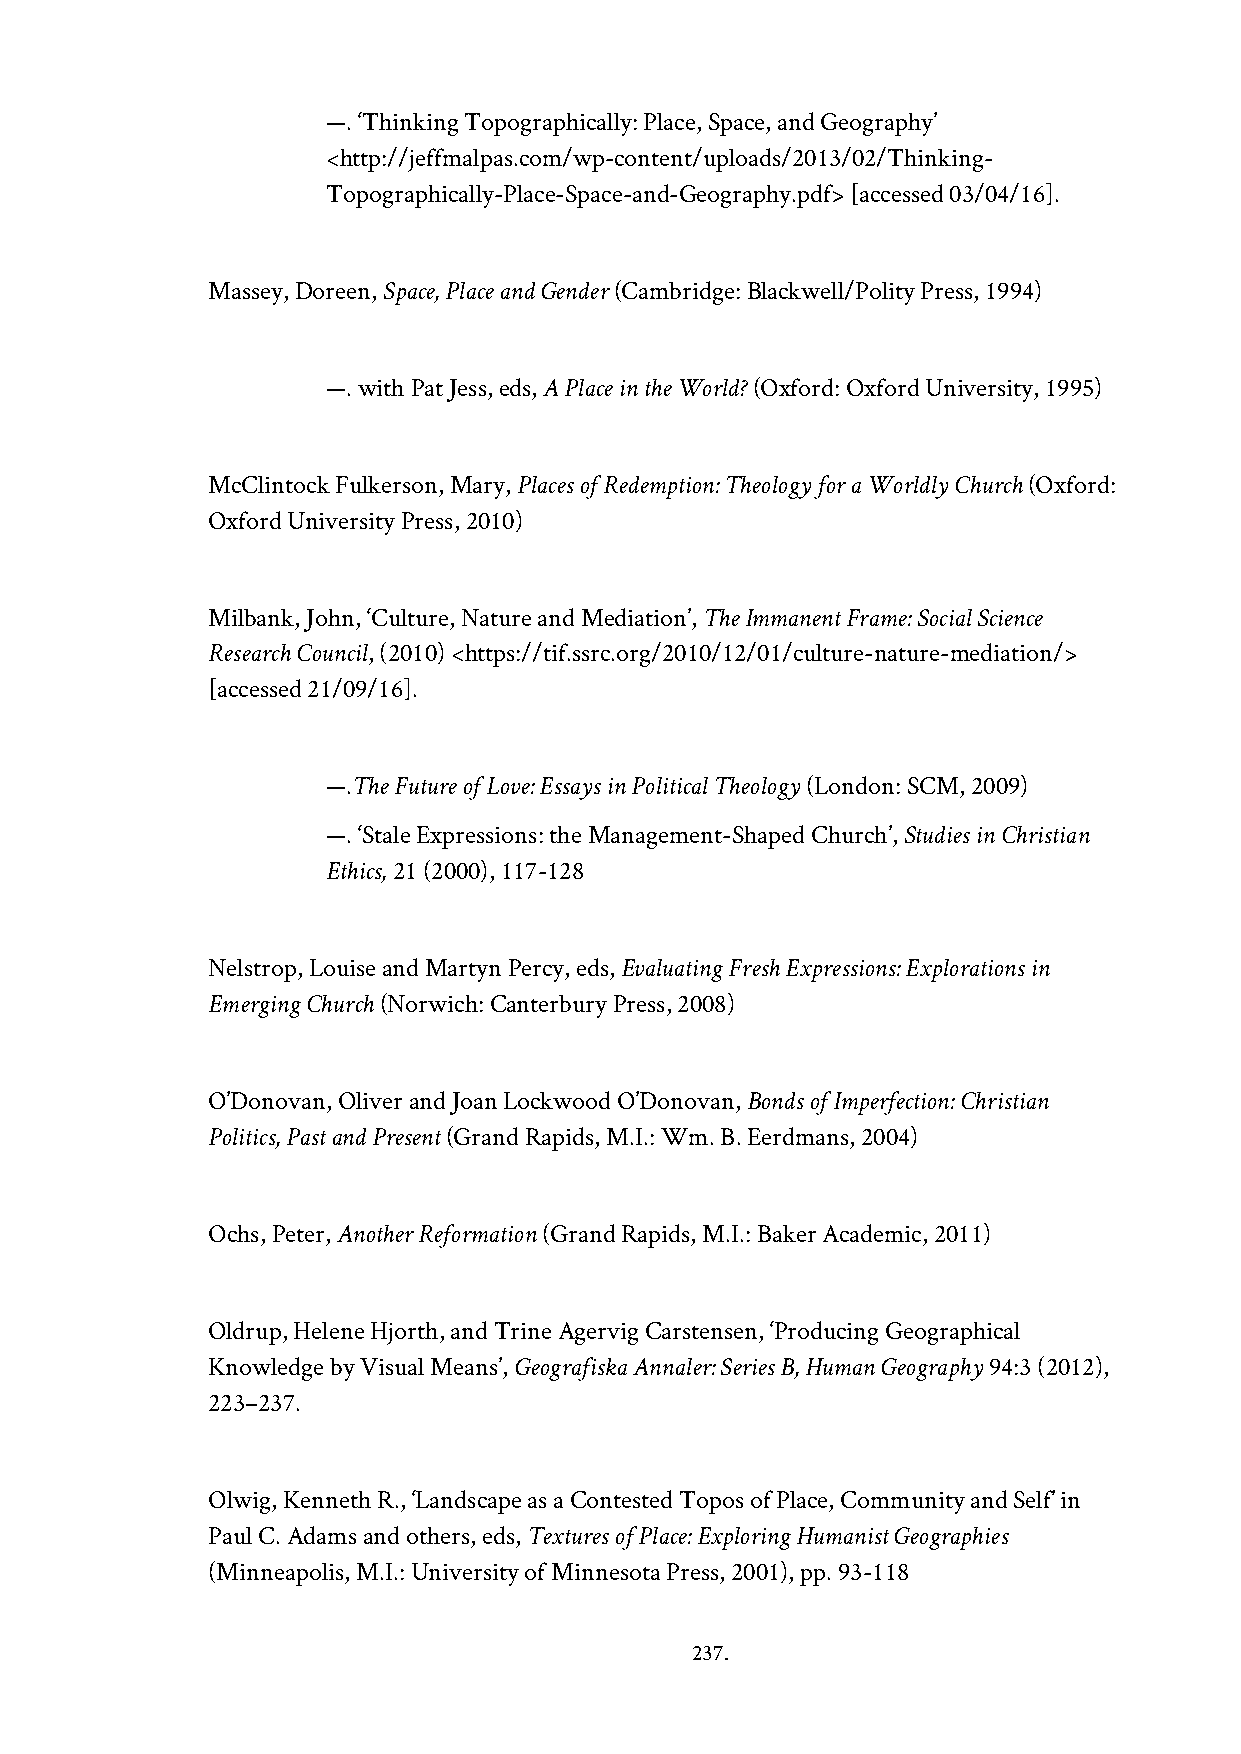
—. ‘Thinking Topographically: Place, Space, and Geography’
 <http://jeffmalpas.com/wp-content/uploads/2013/02/Thinking-
 Topographically-Place-Space-and-Geography.pdf> [accessed 03/04/16].
 Massey, Doreen, Space, Place and Gender (Cambridge: Blackwell/Polity Press, 1994)
 —. with Pat Jess, eds, A Place in the World? (Oxford: Oxford University, 1995)
 McClintock Fulkerson, Mary, Places of Redemption: Theology for a Worldly Church (Oxford:
 Oxford University Press, 2010)
 Milbank, John, ‘Culture, Nature and Mediation’, The Immanent Frame: Social Science
 Research Council, (2010) <https://tif.ssrc.org/2010/12/01/culture-nature-mediation/>
 [accessed 21/09/16].
 —.The Future of Love: Essays in Political Theology (London: SCM, 2009)
 —. ‘Stale Expressions: the Management-Shaped Church’, Studies in Christian
 Ethics, 21 (2000), 117-128
 Nelstrop, Louise and Martyn Percy, eds, Evaluating Fresh Expressions: Explorations in
 Emerging Church (Norwich: Canterbury Press, 2008)
 O’Donovan, Oliver and Joan Lockwood O’Donovan, Bonds of Imperfection: Christian
 Politics, Past and Present (Grand Rapids, M.I.: Wm. B. Eerdmans, 2004)
 Ochs, Peter, Another Reformation (Grand Rapids, M.I.: Baker Academic, 2011)
 Oldrup, Helene Hjorth, and Trine Agervig Carstensen, ‘Producing Geographical
 Knowledge by Visual Means’, Geografiska Annaler: Series B, Human Geography 94:3 (2012),
 223–237.
 Olwig, Kenneth R., ‘Landscape as a Contested Topos of Place, Community and Self’ in
 Paul C. Adams and others, eds, Textures of Place: Exploring Humanist Geographies
 (Minneapolis, M.I.: University of Minnesota Press, 2001), pp. 93-118
 237.